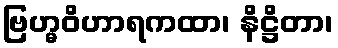
ဗြဟ္မဝိဟာရကထာ၊ နိဋ္ဌိတာ၊